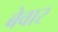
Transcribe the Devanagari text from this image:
बेवार